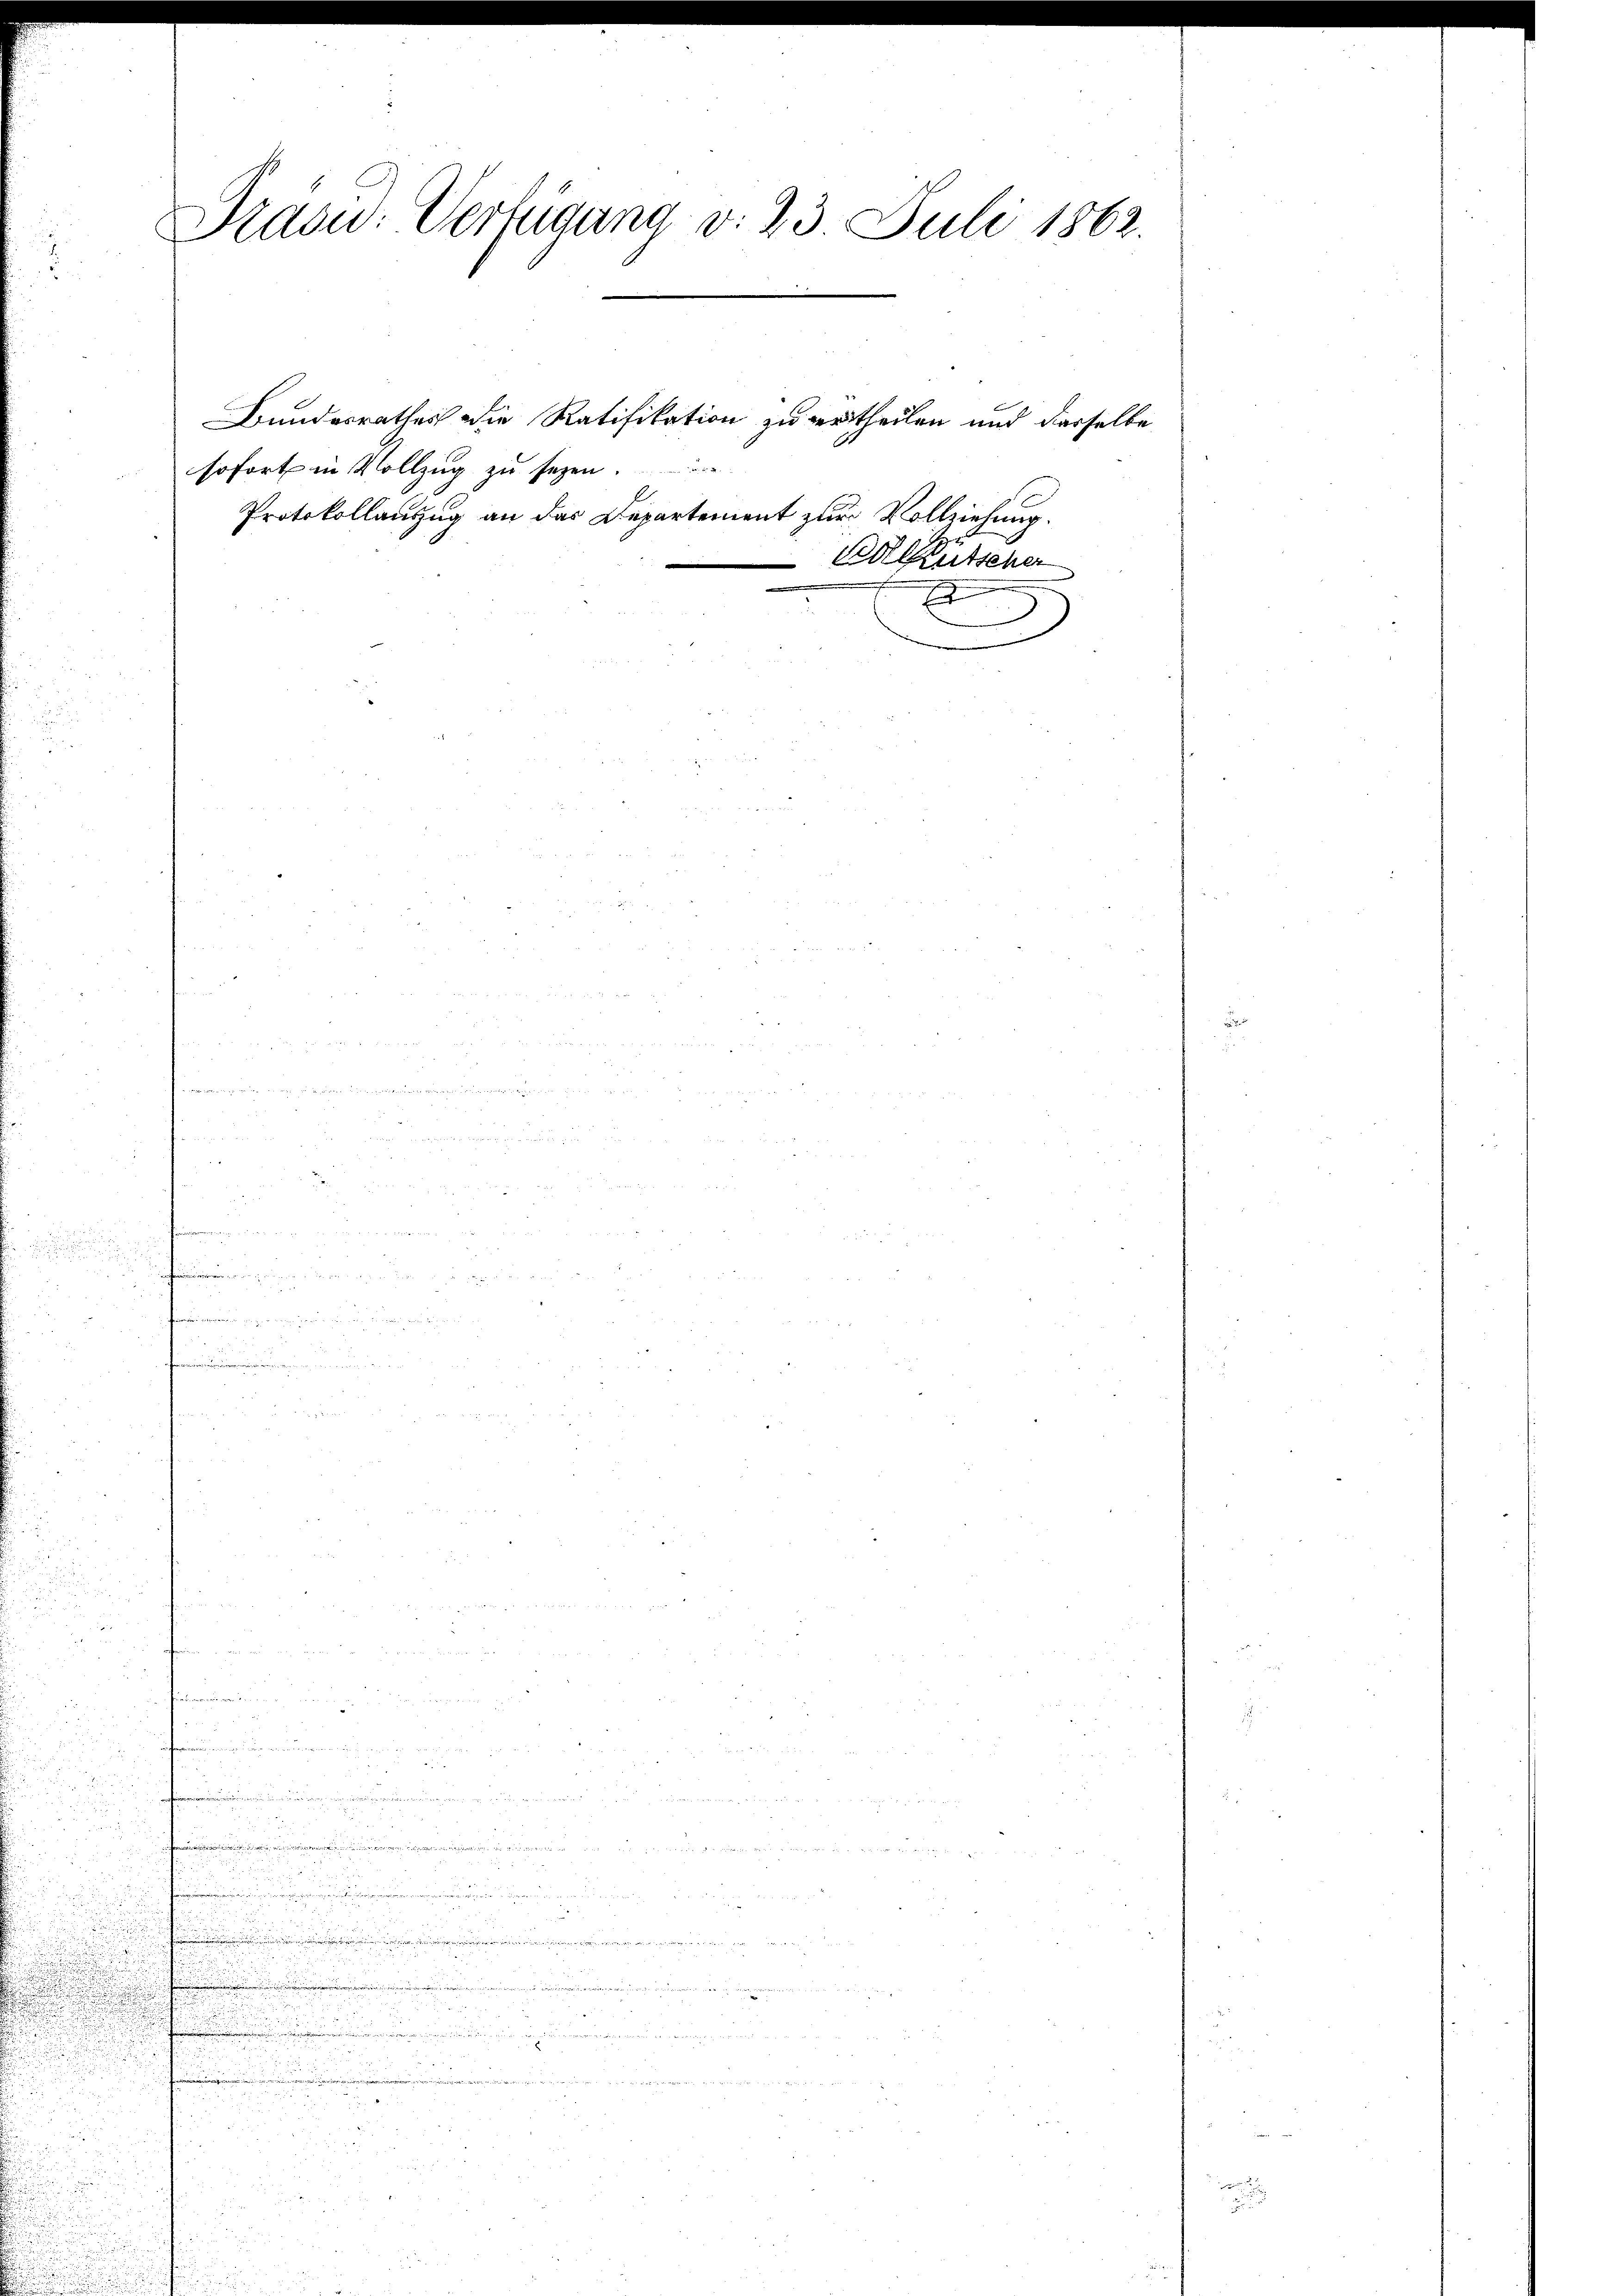
e
.

n
e
.

Trasu: Verfügung v. 23. Juli 1862.

sofort in Vollzug zu sezen.
Protokollauszug an das Departement zur Vollziehung.

.

acentrieren

Bundesrathes die Ratifikation zu vertheilen und derselbe

Adetscher
.